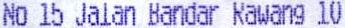
NO 15 JALAN BANDAR RAWANG 10